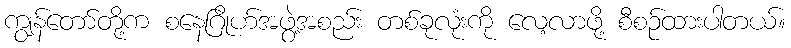
ကျွန်တော်တို့က စနေဂြိုဟ်အဖွဲ့အစည်း တစ်ခုလုံးကို လေ့လာဖို့ စီစဉ်ထားပါတယ်။